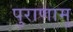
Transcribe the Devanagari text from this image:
पुराणामु